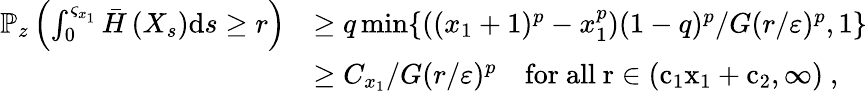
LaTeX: \begin{array}{rl}{\mathbb P_{z}\left(\int_{0}^{\varsigma_{x_{1}}}\bar{H}\left(X_{s}\right){\mathrm d}s\geq r\right)}&{\geq q\operatorname*{min}\{ ((x_{1}+1)^{p}-x_{1}^{p})(1-q)^{p}/G(r/\varepsilon)^{p},1\} }\\ &{\geq C_{x_{1}}/G(r/\varepsilon)^{p}\quad\mathrm{for~all~r\in(c_1x_1+c_2,\infty)~,}}\end{array}